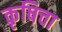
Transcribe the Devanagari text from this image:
कृषिचा